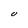
Character: U